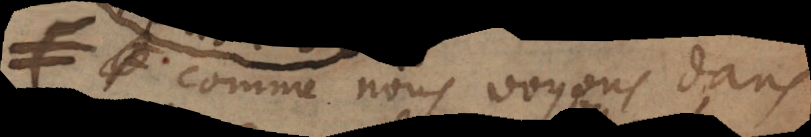
≠ et comme nous voyons dans